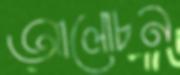
আলোচন